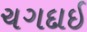
ચગદાઈ